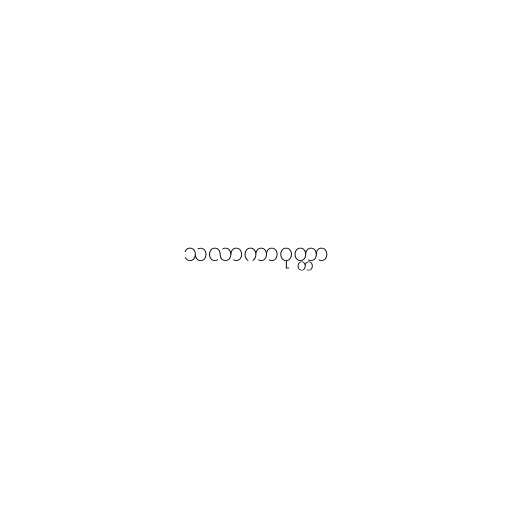
သလာကာဝုတ္တာ